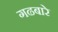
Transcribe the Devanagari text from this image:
गढबारे